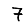
Digit: 7